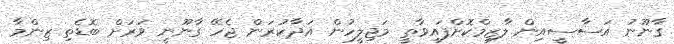
ގާާނޫނު އަސާސީއިން ލާޒިމްކޮށްފައިވާތީ މަޖިލީހުން އަދާކުރަން ޖެހޭ ގާނޫނީ ވަރަށް ބޮޑެތި ޒިންމާ